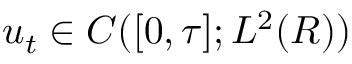
u _ { t } \in C ( [ 0 , \tau ] ; L ^ { 2 } ( R ) )